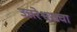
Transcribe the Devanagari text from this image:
उत्तरेश्वराचा